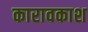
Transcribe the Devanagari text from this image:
कारावकाश